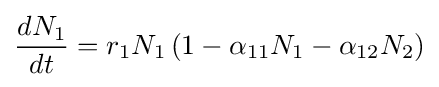
{dN_{1} \over dt}=r_{1}N_{1}\left(1-\alpha _{11}N_{1}-\alpha _{12}N_{2}\right)